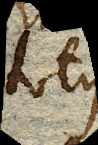
totus